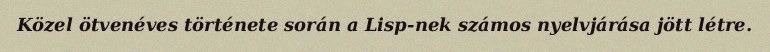
Közel ötvenéves története során a Lisp-nek számos nyelvjárása jött létre.